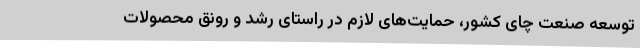
توسعه صنعت چای کشور، حمایت‌های لازم در راستای رشد و رونق محصولات